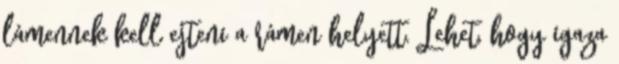
lámennek kell ejteni a rámen helyett. Lehet, hogy igaza